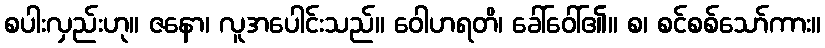
စပါးလှည်းဟု။ ဇနော၊ လူအပေါင်းသည်။ ဝေါဟရတိ၊ ခေါ်ဝေါ်၏။ စ၊ စင်စစ်သော်ကား။